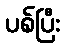
ပစ်ပြီး